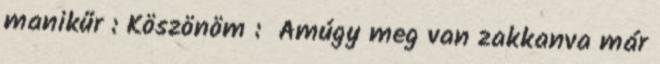
manikűr : Köszönöm : Amúgy meg van zakkanva már